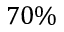
7 0 \%